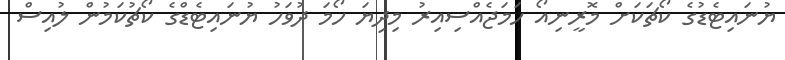
ޔުނައިޓެޑުގެ ކޯޗަކަށް މޮރީނިއޯ ހަމަޖެއްސިއިރު މިދިޔަ ހޯމަ ދުވަހު ޔުނައިޓެޑްގެ ކޯޗުކަމުން ލުއިސް